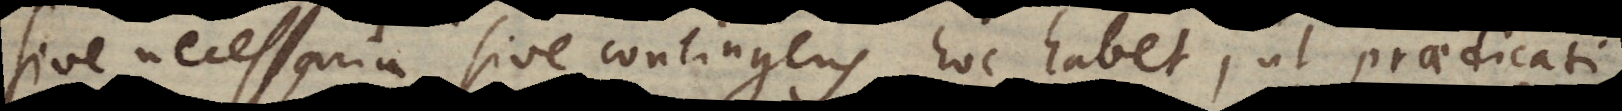
sive necessaria sive contingens, hoc habet, ut praedicati